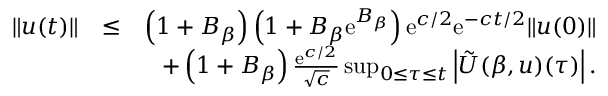
\begin{array} { r l r } { \| u ( t ) \| } & { \leq } & { \left( 1 + B _ { \beta } \right) \left( 1 + B _ { \beta } \mathrm { e } ^ { B _ { \beta } } \right) \mathrm { e } ^ { c / 2 } \mathrm { e } ^ { - c t / 2 } \| u ( 0 ) \| } \\ & { } & { + \left( 1 + B _ { \beta } \right) { \frac { \mathrm { e } ^ { c / 2 } } { \sqrt { c } } } \operatorname* { s u p } _ { 0 \leq \tau \leq t } \left| \tilde { \cal U } ( \beta , u ) ( \tau ) \right| . } \end{array}